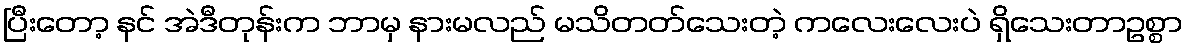
ပြီးတော့ နင် အဲဒီတုန်းက ဘာမှ နားမလည် မသိတတ်သေးတဲ့ ကလေးလေးပဲ ရှိသေးတာဥစ္စာ